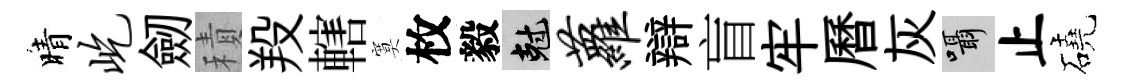
晴屹劒積羖轄寞枚毅剋萝辯盲牢曆灰囁止磽